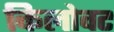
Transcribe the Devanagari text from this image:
किलोवट